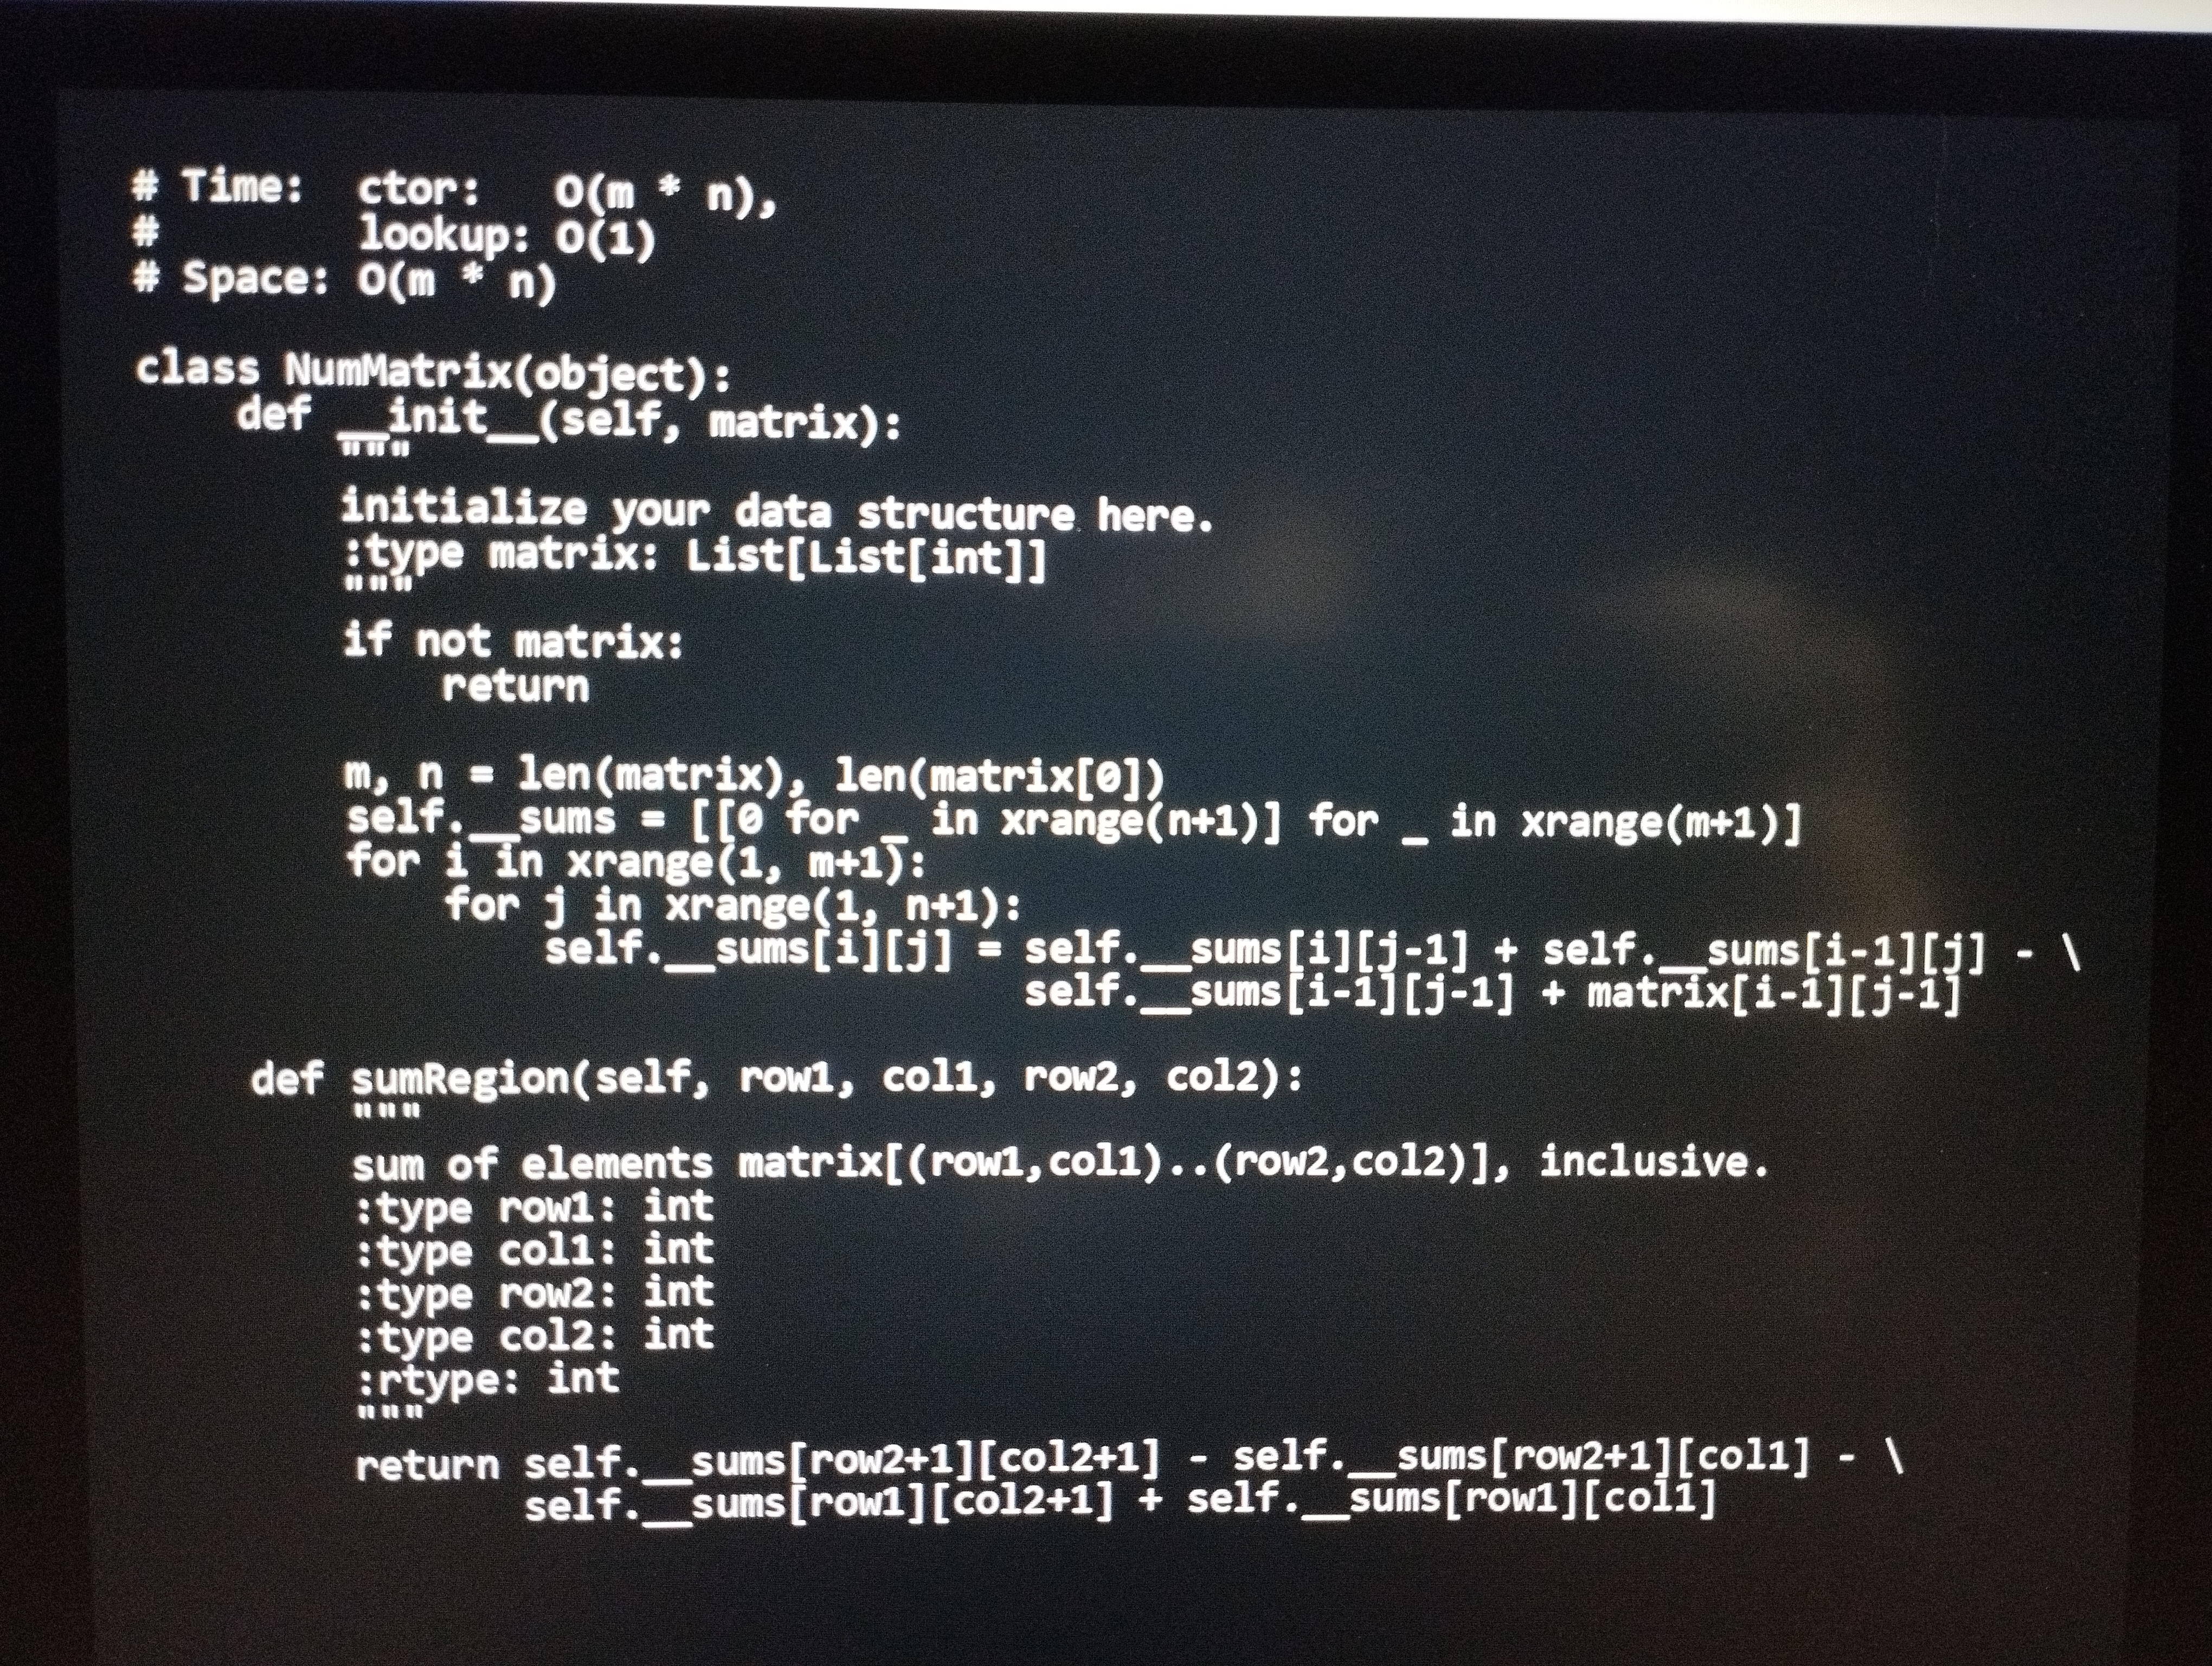
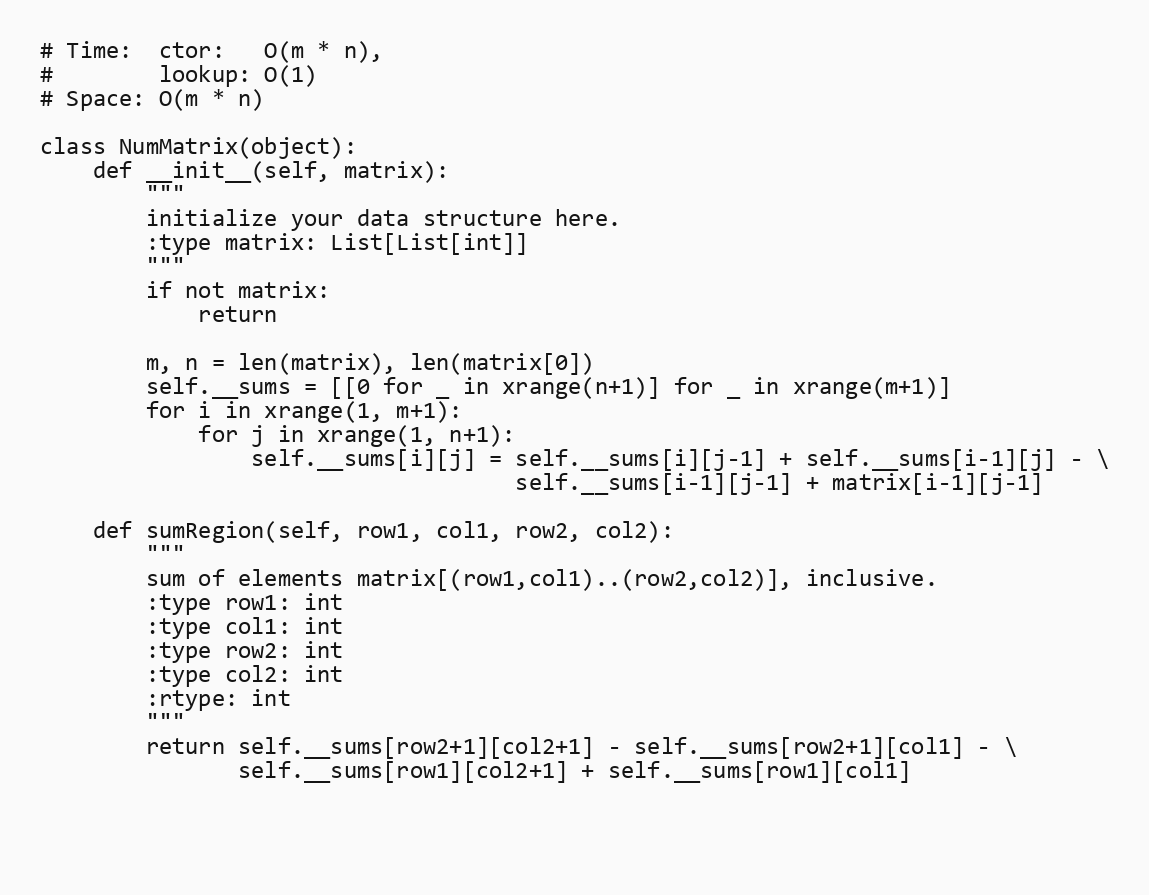
# Time:  ctor:   O(m * n),
#        lookup: O(1)
# Space: O(m * n)

class NumMatrix(object):
    def __init__(self, matrix):
        """
        initialize your data structure here.
        :type matrix: List[List[int]]
        """
        if not matrix:
            return

        m, n = len(matrix), len(matrix[0])
        self.__sums = [[0 for _ in xrange(n+1)] for _ in xrange(m+1)]
        for i in xrange(1, m+1):
            for j in xrange(1, n+1):
                self.__sums[i][j] = self.__sums[i][j-1] + self.__sums[i-1][j] - \
                                    self.__sums[i-1][j-1] + matrix[i-1][j-1]

    def sumRegion(self, row1, col1, row2, col2):
        """
        sum of elements matrix[(row1,col1)..(row2,col2)], inclusive.
        :type row1: int
        :type col1: int
        :type row2: int
        :type col2: int
        :rtype: int
        """
        return self.__sums[row2+1][col2+1] - self.__sums[row2+1][col1] - \
               self.__sums[row1][col2+1] + self.__sums[row1][col1]